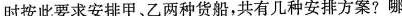
时按此要求安排甲、乙两种货船，共有几种安排方案?哪